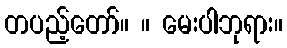
တပည့်တော်။ ။ မေးပါဘုရား။